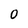
Character: 0